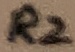
Text: R2